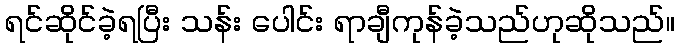
ရင်ဆိုင်ခဲ့ရပြီး သန်း ပေါင်း ရာချီကုန်ခဲ့သည်ဟုဆိုသည်။